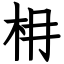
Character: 枏